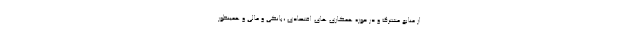
از منابع مشترک و در حوزه همکاری های اقتصادی ،بانکی و مالی و همینطور